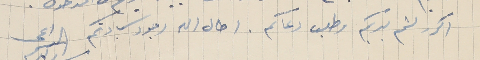
اكرر لثم يديكم وطلب دعاكم. اطال الله وجود سَيادتكم الداعي